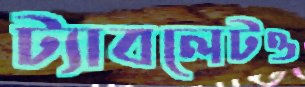
ট্যাবলেটও